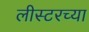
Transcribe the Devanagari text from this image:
लीस्टरच्या